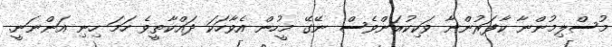
މުސްލިމުންނާ ކާފަރުންނާ ވަކިކުރަންވެސް ނޭގޭ މީހުން އެވާހަކަ ދައްކާތީވެ ހަމަ ހިނި އަންނަނީ.